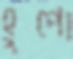
হুপো